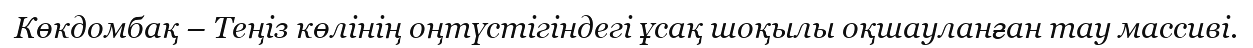
Көкдомбақ – Теңіз көлінің оңтүстігіндегі ұсақ шоқылы оқшауланған тау массиві.